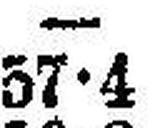
57•4